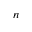
n